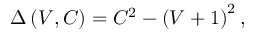
\Delta \left( V , C \right) = C ^ { 2 } - \left( V + 1 \right) ^ { 2 } ,